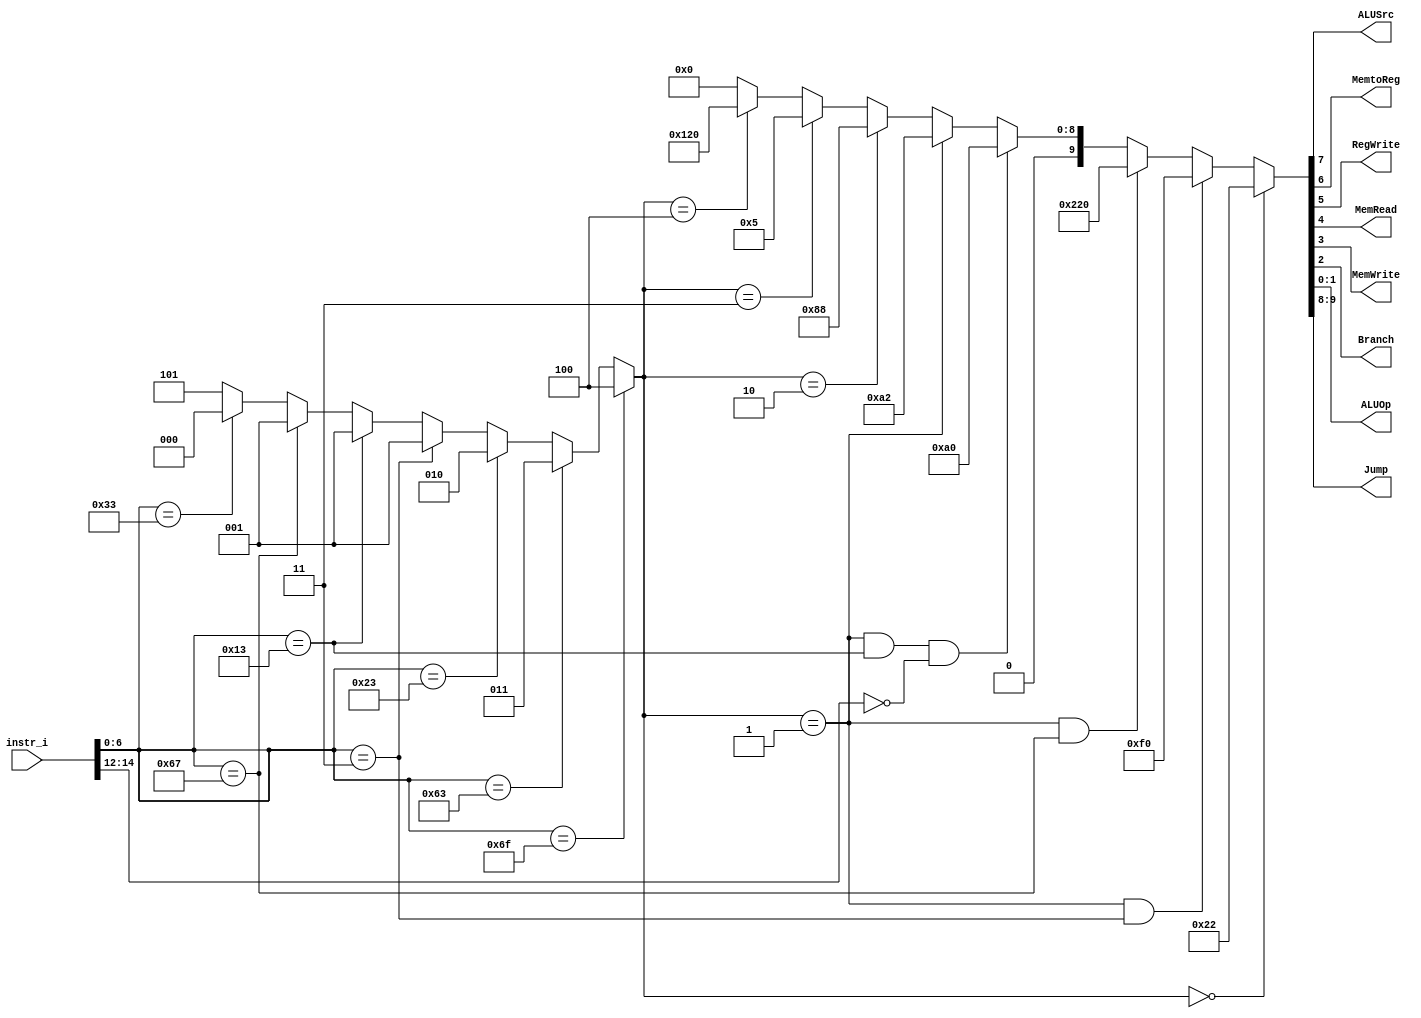
/***************************************************
Student Name:
Student ID: 0511226
***************************************************/

`timescale 1ns/1ps

module Decoder(
	input [31:0] 	instr_i,
	output          ALUSrc,
	output          MemtoReg,
	output          RegWrite,
	output          MemRead,
	output          MemWrite,
	output          Branch,
	output [1:0]	ALUOp,
	output [1:0]	Jump
	);

wire	[7-1:0]		opcode;
wire 	[3-1:0]		funct3;
wire	[3-1:0]		Instr_field;
wire	[10-1:0]	Ctrl_o;

assign opcode = instr_i[6:0];
assign funct3 = instr_i[14:12];
	
/* Write your code HERE */
// 0:R-type, 1:I-type, 2:S-type, 3:B-type, 4:UJ-type, 5:error					 
assign Instr_field = (opcode==7'b1101111) ? 4:		//UJ-type(jal)
					 (opcode==7'b1100011) ? 3:		//B-type
					 (opcode==7'b0100011) ? 2:		//S-Type
					 (opcode==7'b0000011) ? 1:		//I-type(LW)
					 (opcode==7'b0010011) ? 1:		//I-type(arithmetic)
					 (opcode==7'b1100111) ? 1:		//I-type(jalr)
					 (opcode==7'b0110011) ? 0:		//R-type
											5;		//error			
					 
assign Ctrl_o = (Instr_field==0)					   ?10'b0000100010:( //R-type              ALUop=10
				(Instr_field==1 && opcode==7'b0000011) ?10'b0011110000:( //I-type(LW)          ALUop=00
				(Instr_field==1 && opcode==7'b1100111) ?10'b1000100000:( //I-type(jalr)	       -
				(Instr_field==1 && opcode==7'b0010011 
								&& funct3==3'b000)     ?10'b0010100000:( //I-type(addi)        ALUop=00
				(Instr_field==1)?10'b0010100010:(                        //I-type(arithmetic)  ALUop=10
				(Instr_field==2)?10'b0010001000:(                        //S-type(SW)	       ALUop=00
				(Instr_field==3)?10'b0000000101:(                        //B-type 	       ALUop=01
				(Instr_field==4)?10'b0100100000:(                        //UJ-type(jal)	       -
														0))))))));

assign Jump     = {Ctrl_o[9:8]};				
assign ALUSrc 	= Ctrl_o[7];
assign MemtoReg = Ctrl_o[6];
assign RegWrite = Ctrl_o[5];
assign MemRead  = Ctrl_o[4];
assign MemWrite = Ctrl_o[3];
assign Branch	= Ctrl_o[2];
assign ALUOp 	= {Ctrl_o[1:0]};


endmodule